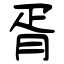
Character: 胥